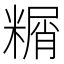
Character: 糏